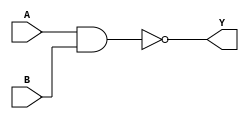
module NAND_Gate_Delay (
    input A,
    input B,
    output Y
);

// Define parameter for gate delay
parameter DELAY = 10; // Set to specific value in units of time

// Define output reg for delay
reg Y_reg;

// Delay introduced by NAND gate
always @ (A or B)
begin
    #DELAY Y_reg = ~(A & B);
end

// Output assignment
assign Y = Y_reg;

endmodule